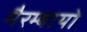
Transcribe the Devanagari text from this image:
मैरम्बायो